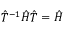
{ \hat { T } } ^ { - 1 } { \hat { H } } { \hat { T } } = { \hat { H } }